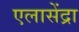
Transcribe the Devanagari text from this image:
एलासेंद्रा